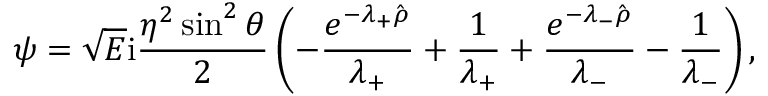
\psi = \sqrt { E } \mathrm { i } \frac { \eta ^ { 2 } \sin ^ { 2 } \theta } { 2 } \left( - \frac { e ^ { - \lambda _ { + } \hat { \rho } } } { \lambda _ { + } } + \frac { 1 } { \lambda _ { + } } + \frac { e ^ { - \lambda _ { - } \hat { \rho } } } { \lambda _ { - } } - \frac { 1 } { \lambda _ { - } } \right) ,